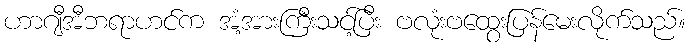
ဟာဂျီအီဘရာဟင်က အံ့အားကြီးသင့်ပြီး ဗလုံးဗထွေးပြန်မေးလိုက်သည်။